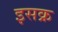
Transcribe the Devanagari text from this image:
इसक्र